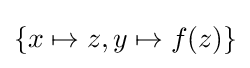
\{x\mapsto z,y\mapsto f(z)\}